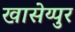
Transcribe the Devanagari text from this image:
खासेय्पुर